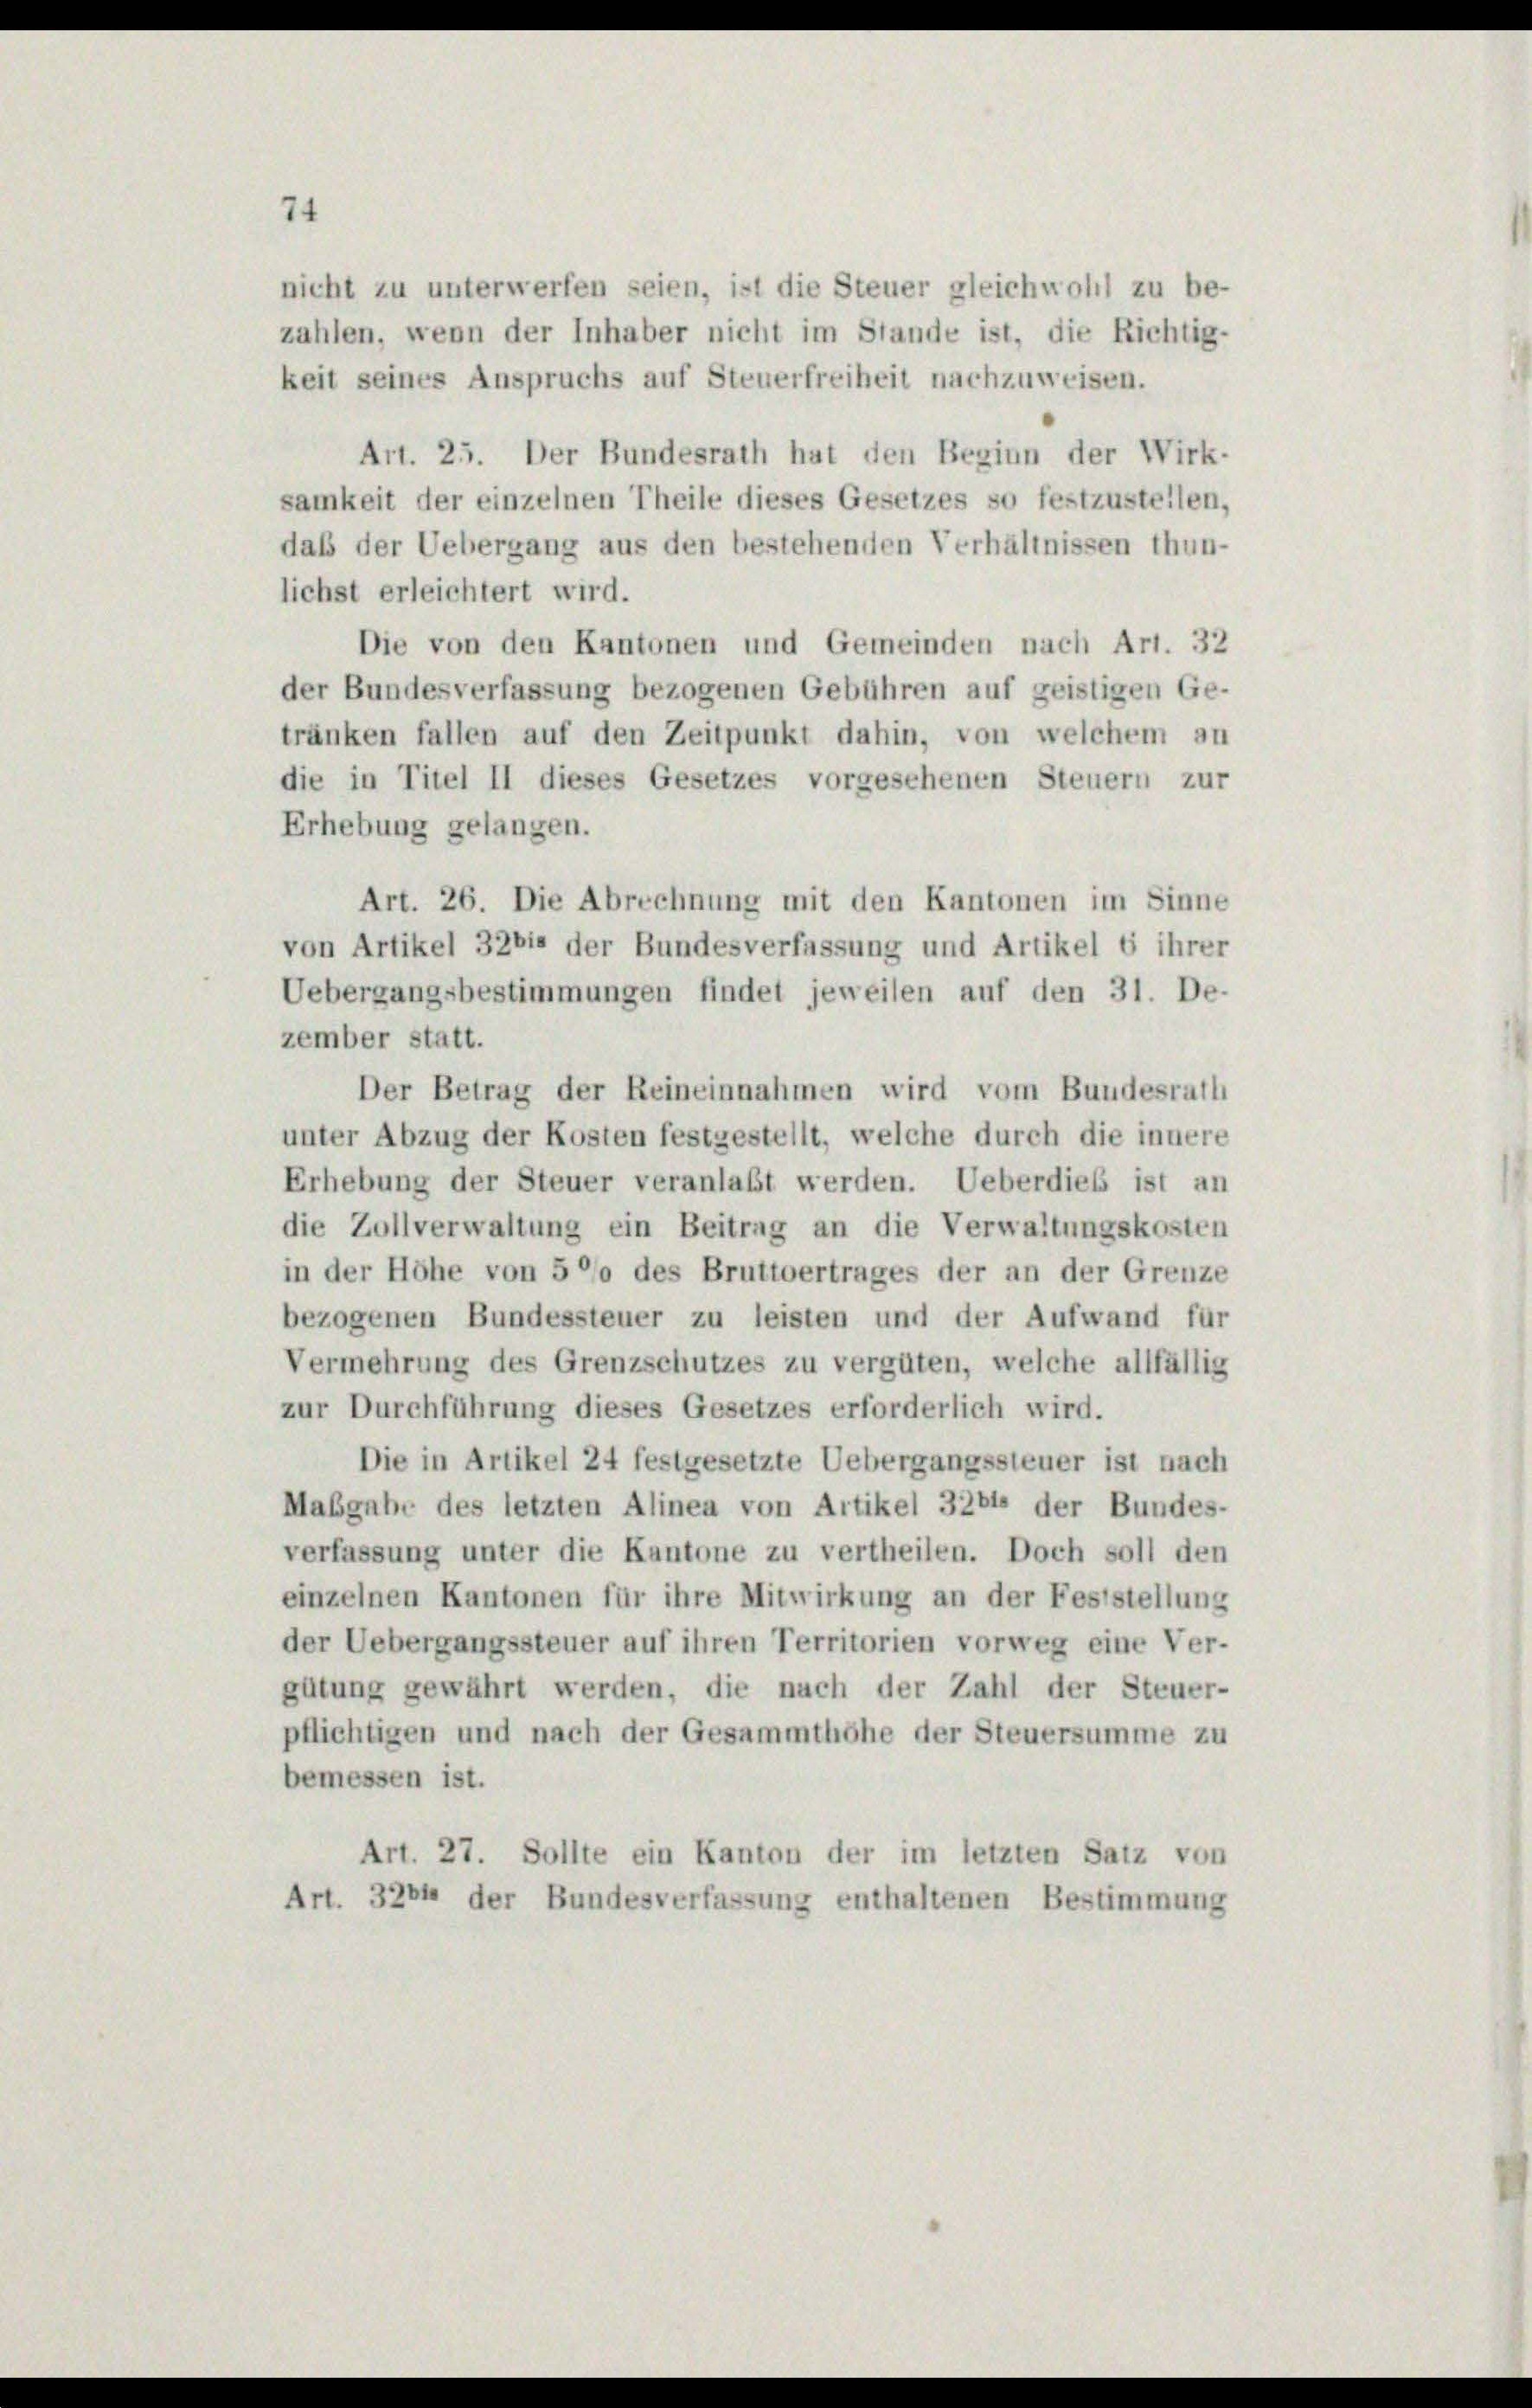
nicht zu unterwerfen seien, ist die Steuer gleichwohl zu be-
zahlen, wenn der Inhaber nicht im Stande ist, die Richtig-
keit seines Anspruchs auf Steuerfreiheit nachzuweisen.
Art. 25. Der Bundesrath hat den Beginn der Wirk-

samkeit der einzelnen Theile dieses Gesetzes so festzusteilen,
daß der Uebergang aus den bestehenden Verhältnissen thun-
lichst erleichtert wird.
Die von den Kantonen und Gemeinden nach Art. 32
der Bundesverfassung bezogenen Gebühren auf geistigen Ge-
tränken fallen auf den Zeitpunkt dahin, von welchem an
die in Titel II dieses Gesetzes vorgesehenen Steuern zur
Erhebung gelangen.
Art. 26. Die Abrechnung mit den Kantonen im Sinne
von Artikel 3281 der Bundesverfassung und Artikel 6 ihrer
Uebergangsbestimmungen findet jeweilen auf den 31. De-
zember statt.
Der Betrag der Reineinnahmen wird vom Bundesrath
unter Abzug der Kosten festgestellt, welche durch die innere
Erhebung der Steuer veranlaßt werden. Ueberdies ist an
die Zollverwaltung ein Beitrag an die Verwaltungskosten
in der Höhe von 500 des Bruttvertrages der an der Grenze
bezogenen Bundessteuer zu leisten und der Aufwand für
Vermehrung des Grenzschutzes zu vergüten, welche allfällig
zur Durchführung dieses Gesetzes erforderlich wird.
Die in Artikel 24 festgesetzte Uebergangssteuer ist nach
Mabgabe des letzten Alinea von Artikel 3264 der Bundes-
verfassung unter die Kantone zu vertheilen. Doch soll den
einzelnen Kantonen für ihre Mitwirkung an der Feststellung
der Uebergangssteuer auf ihren Territorien vorweg eine Ver-
gütung gewährt werden, die nach der Zahl der Steuer-
pflichtigen und nach der Gesammthöhe der Steuersumme zu
bemessen ist.
Art. 27. Sollte ein Kanton der im letzten Satz von
Art. 3264 der Bundesverfassung enthaltenen Bestimmung

74